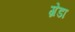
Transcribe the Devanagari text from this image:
ग्रेडा